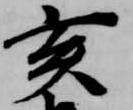
亥